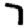
Digit: 7